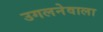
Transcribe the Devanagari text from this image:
उगलनेवाला